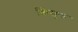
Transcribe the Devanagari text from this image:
किंसुक